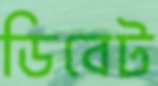
ডিবেট